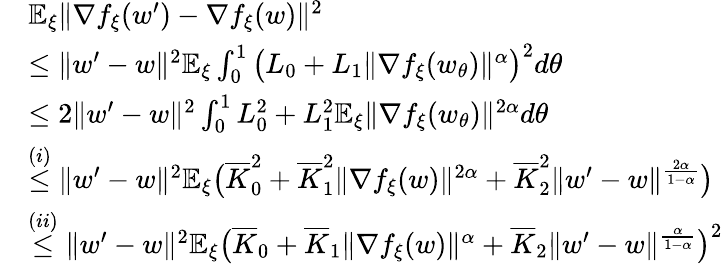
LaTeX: \begin{array}{rl}&{\mathbb{E}_{\xi}\| \nabla f_{\xi}(w^{\prime})-\nabla f_{\xi}(w)\| ^{2}}\\ &{\le\| w^{\prime}-w\| ^{2}\mathbb{E}_{\xi}\int_{0}^{1}\big(L_{0}+L_{1}\| \nabla f_{\xi}(w_{\theta})\| ^{\alpha}\big)^{2}d\theta}\\ &{\le 2\| w^{\prime}-w\| ^{2}\int_{0}^{1}L_{0}^{2}+L_{1}^{2}\mathbb{E}_{\xi}\| \nabla f_{\xi}(w_{\theta})\| ^{2\alpha}d\theta}\\ &{\overset{(i)}{\le}\| w^{\prime}-w\| ^{2}\mathbb{E}_{\xi}\big(\overline{{K}}_{0}^{2}+\overline{{K}}_{1}^{2}\| \nabla f_{\xi}(w)\| ^{2\alpha}+\overline{{K}}_{2}^{2}\| w^{\prime}-w\| ^{\frac{2\alpha}{1-\alpha}}\big)}\\ &{\overset{(ii)}{\le}\| w^{\prime}-w\| ^{2}\mathbb{E}_{\xi}\big(\overline{{K}}_{0}+\overline{{K}}_{1}\| \nabla f_{\xi}(w)\| ^{\alpha}+\overline{{K}}_{2}\| w^{\prime}-w\| ^{\frac{\alpha}{1-\alpha}}\big)^{2}}\end{array}